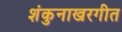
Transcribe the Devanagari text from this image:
शंकुनाखरगीत